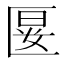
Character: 𭅝